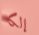
إلكا